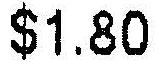
$1.80